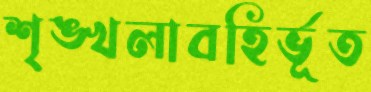
শৃঙ্খলাবহির্ভূত